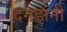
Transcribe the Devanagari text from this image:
दगडानी